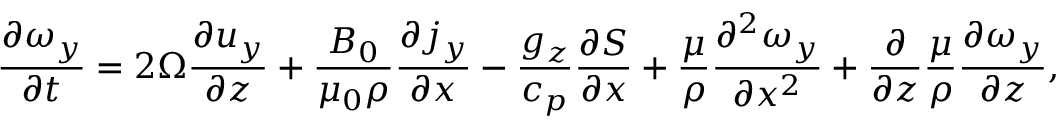
\frac { \partial \omega _ { y } } { \partial t } = 2 \Omega \frac { \partial u _ { y } } { \partial z } + \frac { B _ { 0 } } { \mu _ { 0 } \rho } \frac { \partial j _ { y } } { \partial x } - \frac { g _ { z } } { c _ { p } } \frac { \partial S } { \partial x } + \frac { \mu } { \rho } \frac { \partial ^ { 2 } \omega _ { y } } { \partial x ^ { 2 } } + \frac { \partial } { \partial z } \frac { \mu } { \rho } \frac { \partial \omega _ { y } } { \partial z } ,